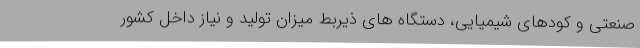
صنعتی و کودهای شیمیایی، دستگاه های ذیربط میزان تولید و نیاز داخل کشور